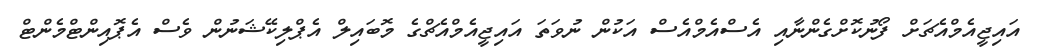
އައިޖީއެމްއެޗަށް ފޯނުކޮށްގެންނާއި އެސްއެމްއެސް އަކުން ނުވަތަ އައިޖީއެމްއެޗްގެ މޮބައިލް އެޕްލިކޭޝަނުން ވެސް އެޕޮއިންޓްމެންޓް